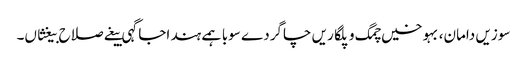
سوزیں دامان، بہوخیں چمگ و پلگاریں چاگردے سوبا ہمے ہند اجاگہی بیغے صلاح بیغثاں۔